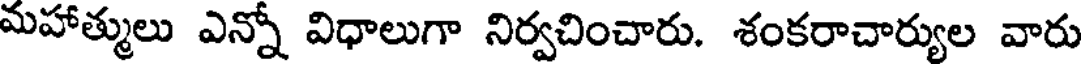
మహాత్ములు ఎన్నో విధాలుగా నిర్వచించారు. శంకరాచార్యుల వారు